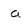
Character: a